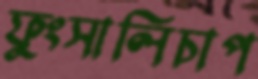
ফুংসালিচাপ